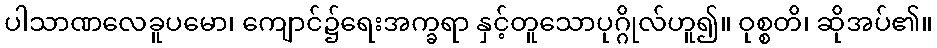
ပါသာဏလေခူပမော၊ ကျောင်၌ရေးအက္ခရာ နှင့်တူသောပုဂ္ဂိုလ်ဟူ၍။ ဝုစ္စတိ၊ ဆိုအပ်၏။